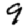
Digit: 9